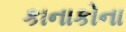
કાનાકોના